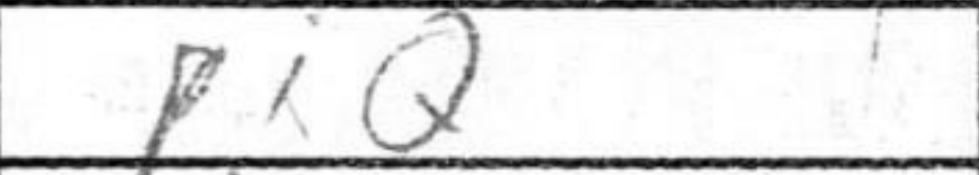
Transcription: PxQ